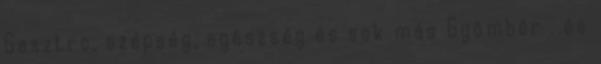
Gasztro, szépség, egészség és sok más Gyömbér . és